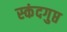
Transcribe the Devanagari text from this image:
स्‍कंदगुप्त